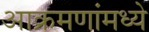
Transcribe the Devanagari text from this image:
आक्रमणांमध्ये